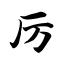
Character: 厉